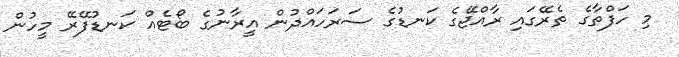
މި ހަފްތާގެ ތެރޭގައި ރާއްޖޭގެ ކަނޑުގެ ސަރަހައްދުން އީރާނުގެ ބޯޓެއް ކަނޑުފޭރޭ މީހުން